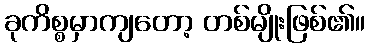
ခုကိစ္စမှာကျတော့ တစ်မျိုးဖြစ်၏။